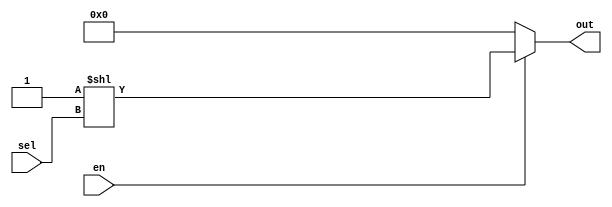
`timescale 1ns / 1ps
//////////////////////////////////////////////////////////////////////////////////
// Company: 
// Engineer: 
// 
// Design Name: 
// Module Name: Dmx4to16
// Project Name: 
// Target Devices: 
// Tool Versions: 
// Description: 
// 
// Dependencies: 
// 
// Revision:
// Revision 0.01 - File Created
// Additional Comments:
// 
//////////////////////////////////////////////////////////////////////////////////


module Dmx4to16(
    input [3:0] sel,
    input en,
    output [15:0] out
  );
  
  assign out[15:0] = (en) ? (1 << sel[3:0]) : 16'h0000;
  
endmodule